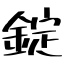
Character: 錠